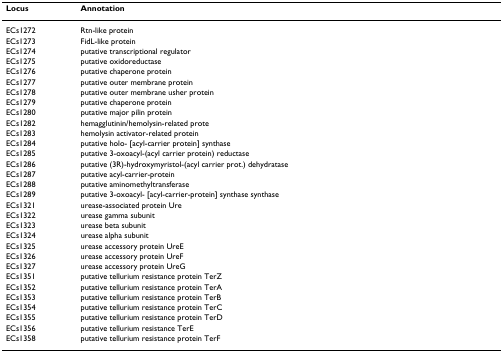
<table><thead><tr><td><b>Locus</b></td><td><b>Annotation</b></td></tr></thead><tbody><tr><td>ECs1272</td><td>Rtn-like protein</td></tr><tr><td>ECs1273</td><td>FidL-like protein</td></tr><tr><td>ECs1274</td><td>putative transcriptional regulator</td></tr><tr><td>ECs1275</td><td>putative oxidoreductase</td></tr><tr><td>ECs1276</td><td>putative chaperone protein</td></tr><tr><td>ECs1277</td><td>putative outer membrane protein</td></tr><tr><td>ECs1278</td><td>putative outer membrane usher protein</td></tr><tr><td>ECs1279</td><td>putative chaperone protein</td></tr><tr><td>ECs1280</td><td>putative major pilin protein</td></tr><tr><td>ECs1282</td><td>hemagglutinin/hemolysin-related prote</td></tr><tr><td>ECs1283</td><td>hemolysin activator-related protein</td></tr><tr><td>ECs1284</td><td>putative holo- [acyl-carrier protein] synthase</td></tr><tr><td>ECs1285</td><td>putative 3-oxoacyl-(acyl carrier protein) reductase</td></tr><tr><td>ECs1286</td><td>putative (3R)-hydroxymyristol-(acyl carrier prot.) dehydratase</td></tr><tr><td>ECs1287</td><td>putative acyl-carrier-protein</td></tr><tr><td>ECs1288</td><td>putative aminomethyltransferase</td></tr><tr><td>ECs1289</td><td>putative 3-oxoacyl- [acyl-carrier-protein] synthase synthase</td></tr><tr><td>ECs1321</td><td>urease-associated protein Ure</td></tr><tr><td>ECs1322</td><td>urease gamma subunit</td></tr><tr><td>ECs1323</td><td>urease beta subunit</td></tr><tr><td>ECs1324</td><td>urease alpha subunit</td></tr><tr><td>ECs1325</td><td>urease accessory protein UreE</td></tr><tr><td>ECs1326</td><td>urease accessory protein UreF</td></tr><tr><td>ECs1327</td><td>urease accessory protein UreG</td></tr><tr><td>ECs1351</td><td>putative tellurium resistance protein TerZ</td></tr><tr><td>ECs1352</td><td>putative tellurium resistance protein TerA</td></tr><tr><td>ECs1353</td><td>putative tellurium resistance protein TerB</td></tr><tr><td>ECs1354</td><td>putative tellurium resistance protein TerC</td></tr><tr><td>ECs1355</td><td>putative tellurium resistance protein TerD</td></tr><tr><td>ECs1356</td><td>putative tellurium resistance TerE</td></tr><tr><td>ECs1358</td><td>putative tellurium resistance protein TerF</td></tr></tbody></table>